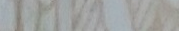
Open Late